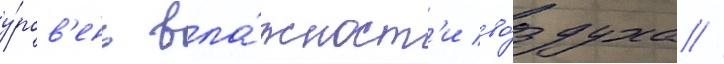
у́ров'ень вла́жност'и во́здуха //